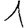
Digit: 1